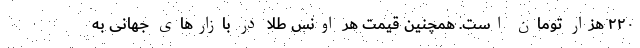
۲۲۰ هزار تومان است. همچنین قیمت هر اونس طلا در بازار‌های جهانی به